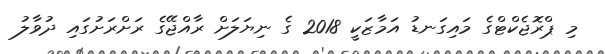
މި ޕްރޮޖެކްޓްގެ މައިގަނޑު އަމާޒަކީ 2018 ގެ ނިޔަލަށް ރާއްޖޭގެ ރަށްރަށުގައި ދުވާލު